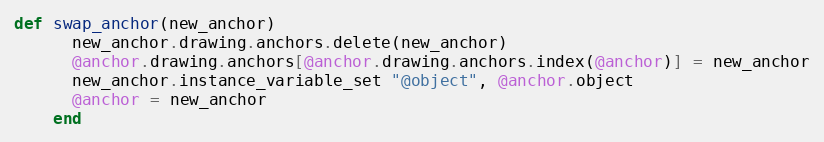
Language: Ruby
def swap_anchor(new_anchor)
      new_anchor.drawing.anchors.delete(new_anchor)
      @anchor.drawing.anchors[@anchor.drawing.anchors.index(@anchor)] = new_anchor
      new_anchor.instance_variable_set "@object", @anchor.object
      @anchor = new_anchor
    end